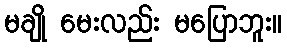
မချို မေးလည်း မပြောဘူး။